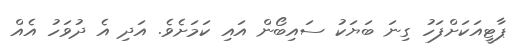
ޕާޓީއަކަށްފަހު ގިނަ ބަޔަކު ސައިބޯން އައި ކަމަށެވެ. އަދި އެ ދުވަހު އެއް